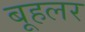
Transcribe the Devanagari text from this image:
बूहलर